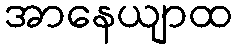
အာနေယျာထ